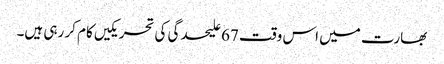
بھارت میں اس وقت 67 علیحدگی کی تحریکیں کام کر رہی ہیں۔